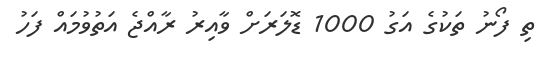
ތި ފޯނު ތަކުގެ އަގު 1000 ޑޮލަރަށް ވާއިރު ރާއްޖެ އަތުވުމައް ފަހު